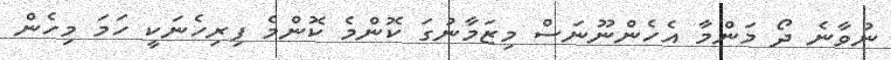
ނުވާނެ ދޯ މަންމާ އެހެންނޫނަސް މިޒަމާނުގަ ކޮންމެ ކޮންމެ ފިރިހެނަކީ ހަމަ މިހެން